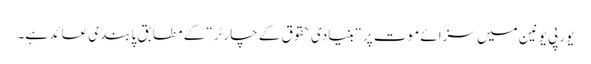
یورپی یونین میں سزائے موت پر “بنیادی حقوق کے چارٹر“ کے مطابق پابندی عائد ہے۔